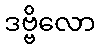
ဒဗ္ဗိလော